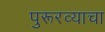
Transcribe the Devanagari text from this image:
पुरूरव्याचा